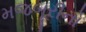
મજબૂરીનો